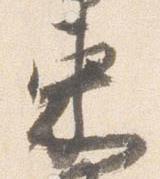
束